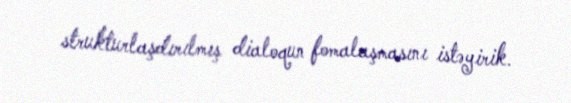
strukturlaşdırılmış dialoqun fomalaşmasını istəyirik.